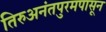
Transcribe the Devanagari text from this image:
तिरुअनंतपुरमपासून